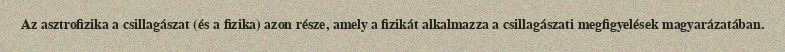
Az asztrofizika a csillagászat (és a fizika) azon része, amely a fizikát alkalmazza a csillagászati megfigyelések magyarázatában.